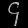
Digit: ၄